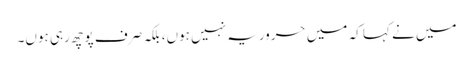
میں نے کہا کہ میں حروریہ نہیں ہوں، بلکہ صرف پوچھ رہی ہوں۔